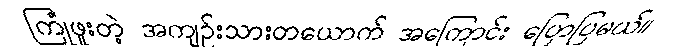
ကြုံဖူးတဲ့ အကျဉ်းသားတယောက် အကြောင်း ပြောပြမယ်။